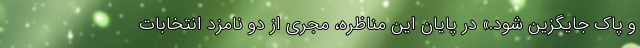
و پاک جایگزین شود.» در پایان این مناظره، مجری از دو نامزد انتخابات